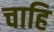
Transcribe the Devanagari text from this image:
चाहि